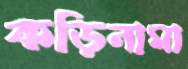
কড়িনামা